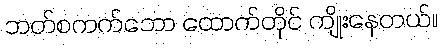
ဘတ်စကက်ဘော ထောက်တိုင် ကျိုးနေတယ်။